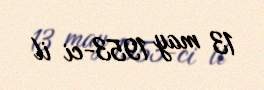
13 may 1953-ci il